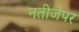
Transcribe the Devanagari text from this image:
नतीजेपर